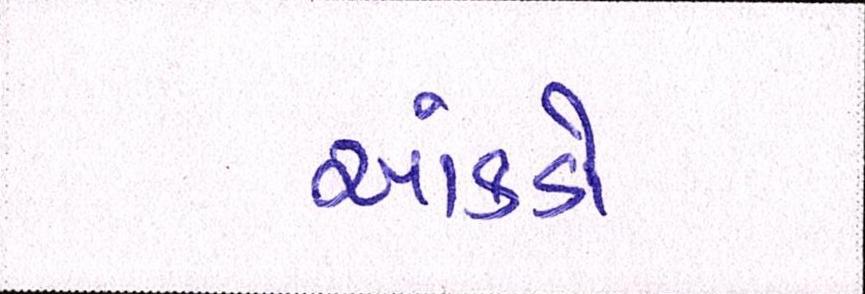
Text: આંકડો